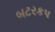
બટરકપ